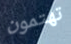
تهتمون